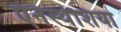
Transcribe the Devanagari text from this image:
एनेस्थेशिया